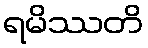
ရမိဿတိ